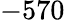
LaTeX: -570